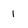
Character: 1